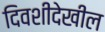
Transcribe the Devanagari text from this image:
दिवशीदेखील